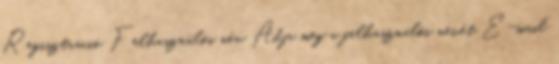
Regisztráció Felhasználói név Adja meg a felhasználói nevét E-mail